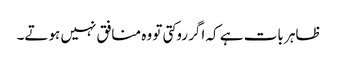
ظاہر بات ہے کہ اگر روکتی تو وہ منافق نہیں ہوتے۔